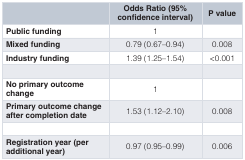
<table><thead><tr><td></td><td><b>Odds Ratio (95%confidence interval)</b></td><td><b>P value</b></td></tr></thead><tbody><tr><td><b>Public funding</b></td><td>1</td><td></td></tr><tr><td><b>Mixed funding</b></td><td>0.79 (0.67–0.94)</td><td>0.008</td></tr><tr><td><b>Industry funding</b></td><td>1.39 (1.25–1.54)</td><td>&lt;0.001</td></tr><tr><td><b>No primary outcome</b><b>change</b></td><td>1</td><td></td></tr><tr><td><b>Primary outcome change</b><b>after completion date</b></td><td>1.53 (1.12–2.10)</td><td>0.008</td></tr><tr><td><b>Registration year (per</b><b>additional year)</b></td><td>0.97 (0.95–0.99)</td><td>0.006</td></tr></tbody></table>